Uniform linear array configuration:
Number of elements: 32
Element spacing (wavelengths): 0.75
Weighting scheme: binomial
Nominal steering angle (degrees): -15
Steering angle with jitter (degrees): -16.722
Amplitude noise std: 0.05
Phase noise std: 0.05

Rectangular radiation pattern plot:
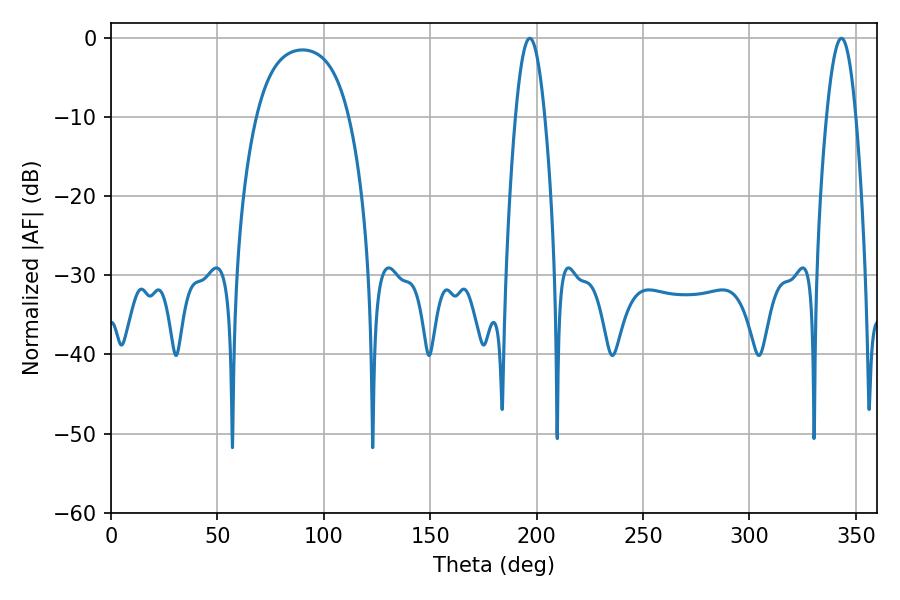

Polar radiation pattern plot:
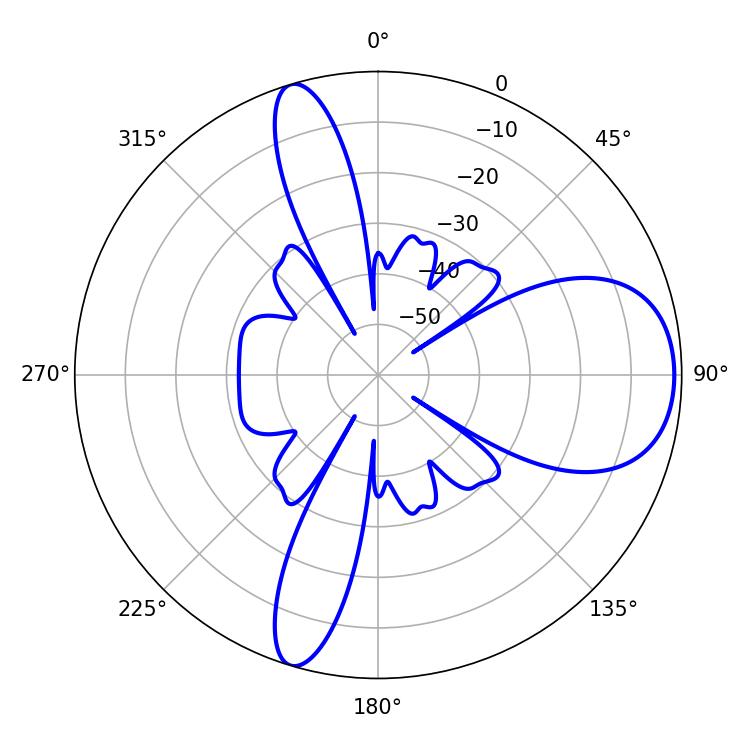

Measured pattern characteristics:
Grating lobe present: TRUE
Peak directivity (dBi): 8.544
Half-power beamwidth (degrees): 7.38
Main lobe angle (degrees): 196.74